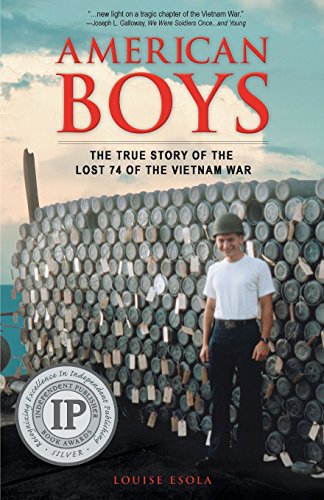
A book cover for American Boys: The True Story of the Lost 74 of the Vietnam War; Louise Esola; History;